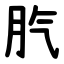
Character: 䏗